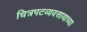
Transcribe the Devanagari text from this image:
चित्रपटव्यवसायाच्या